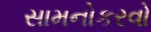
સામનોકરવો